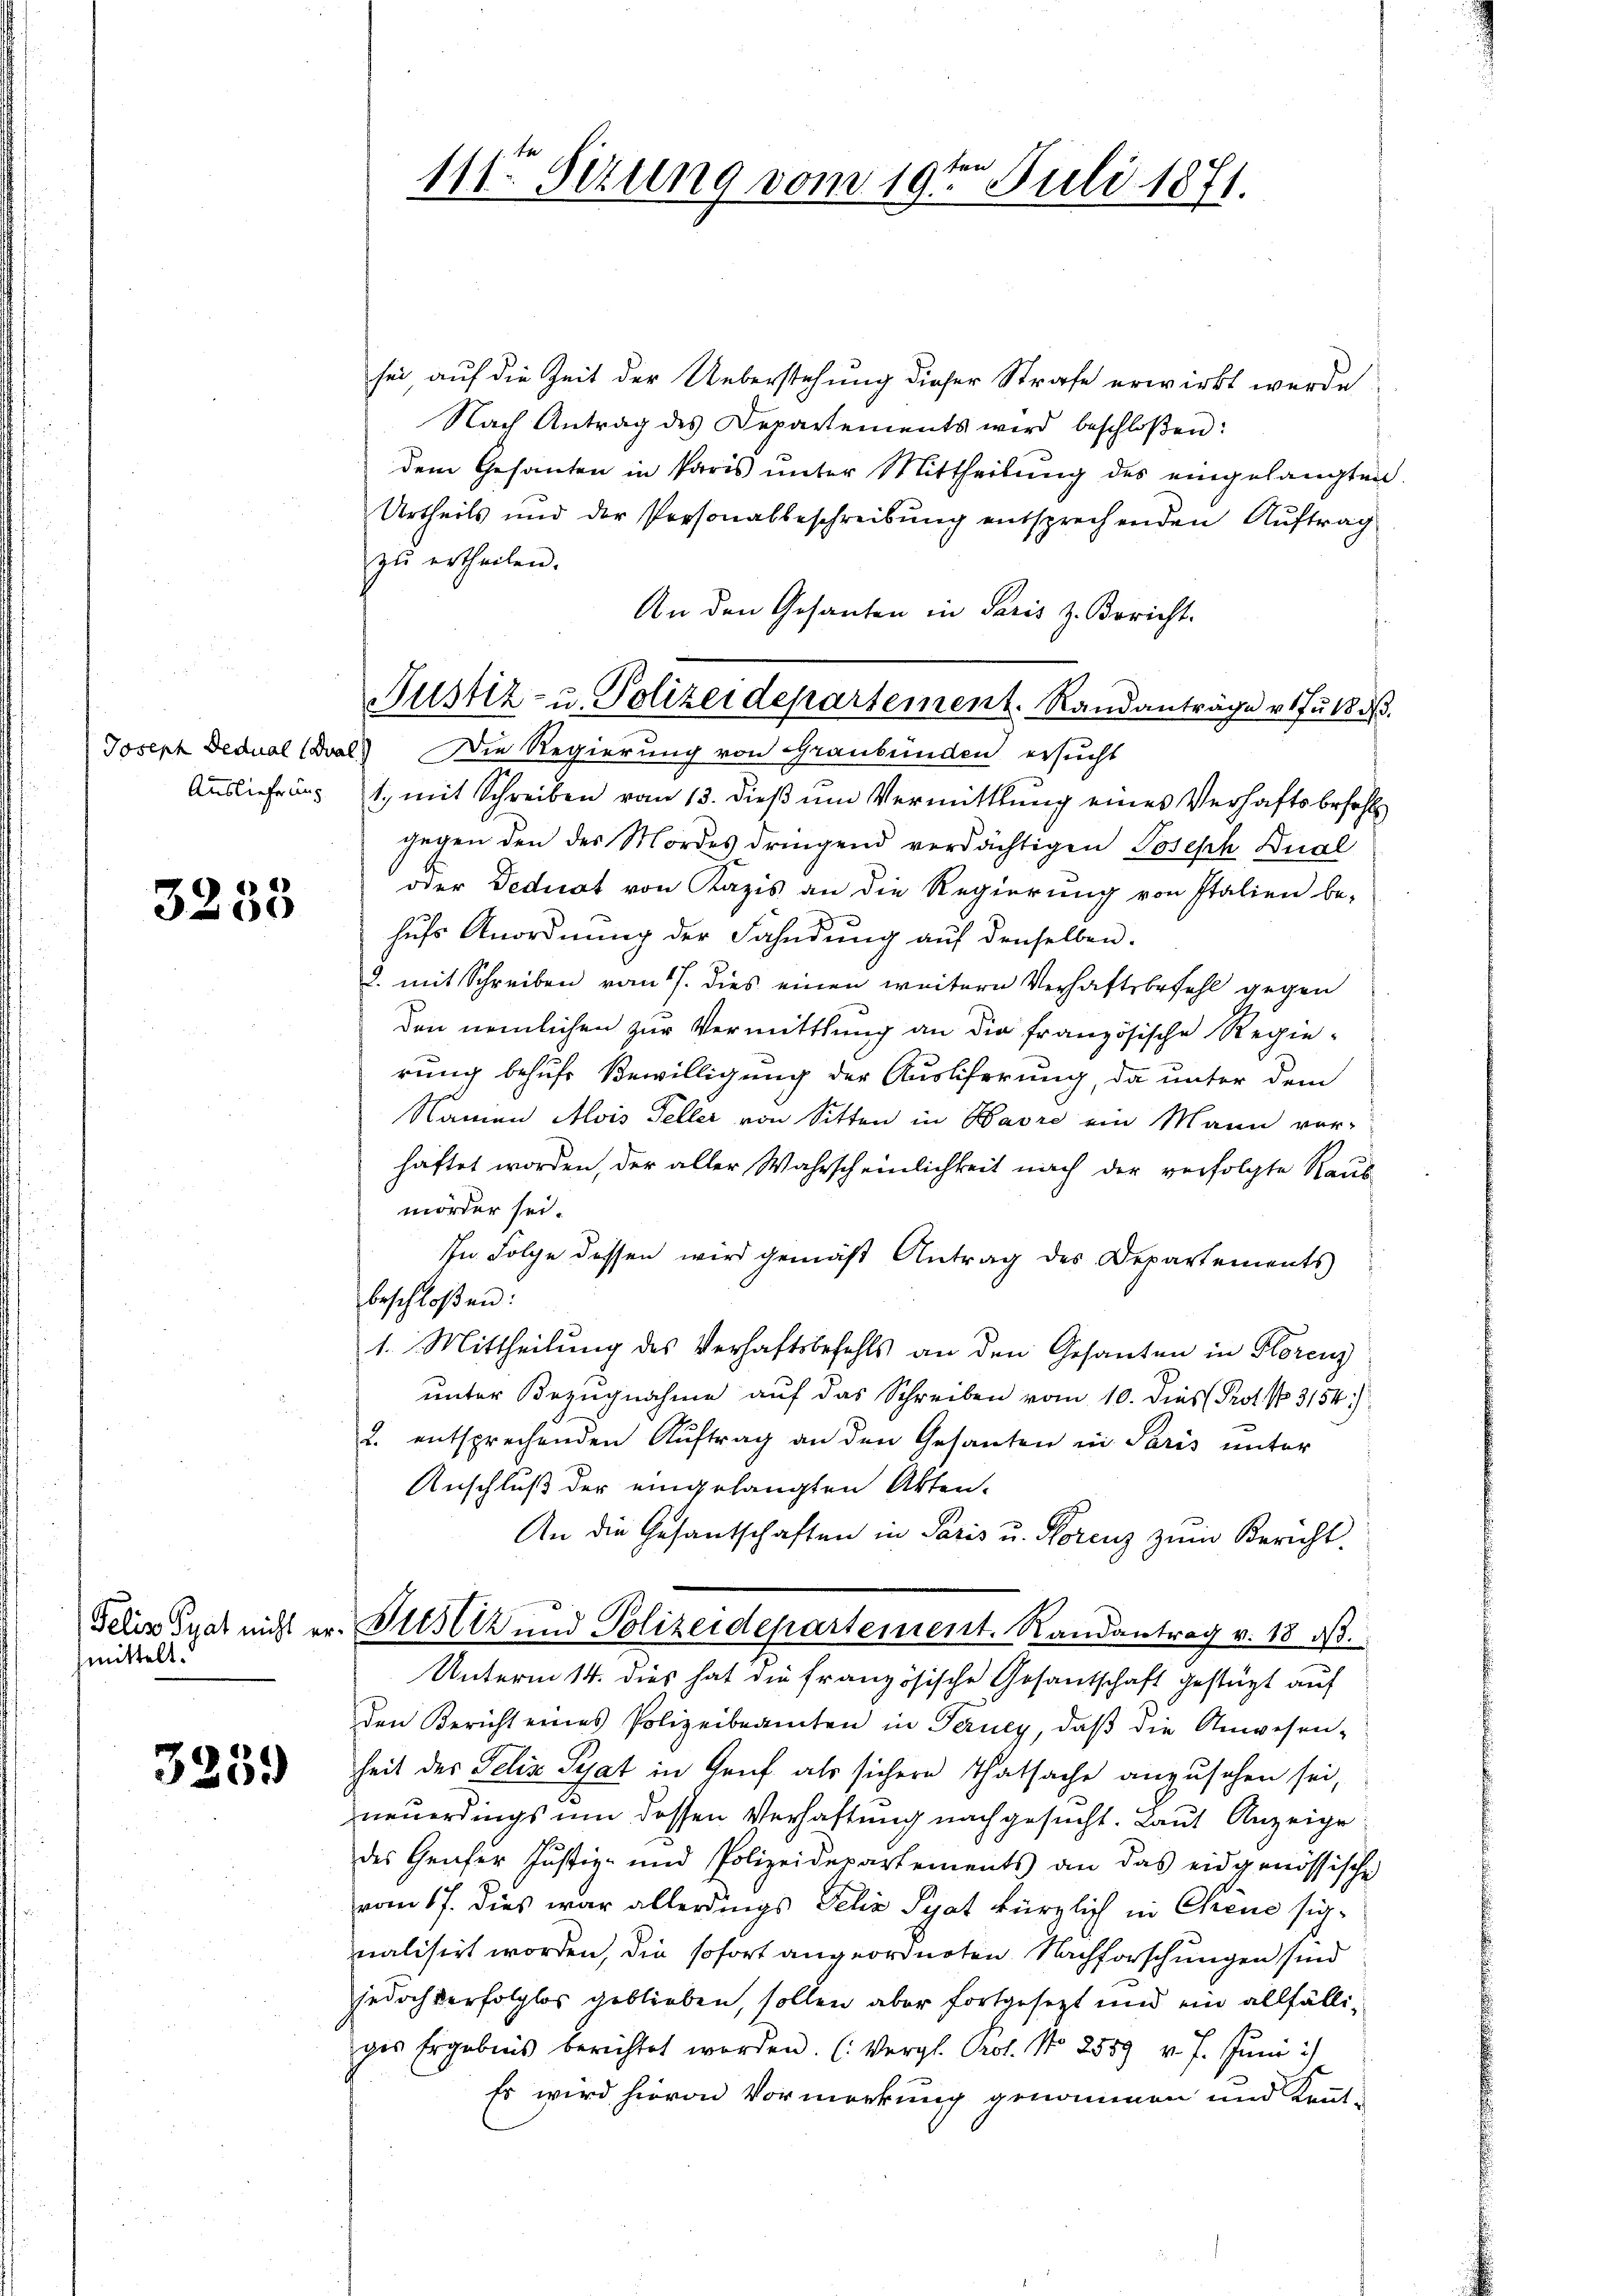
Auslieferung

3233

Felin Trat nicht er
mittelt.

3259

111ten Sitzung vom 19te͇n Juli 1871.

sei auf die Zeit der Ueberstehung dieser Strafe erwirkt werde
Nach Antrag des Departements wird beschloßen:
dem Gesanten in Paris unter Mittheilung des eingelangten
Urtheils und der Personalbeschreibung entsprechenden Auftrag
zŭ ertheilen.
Joseph Dedual (Doal) Die Regierung von Graubünden ersucht
1., mit Schreiben vom 13. dieß um Vermittlung eines Verhaftsbefehl
gegen den des Mordes dringend verdächtigen Joseph Dürl
oder Deduat von Kazis an die Regierung von Italien be-
hufs Anordnung der Fahndung auf denselben.
2. mit Schreiben vom 17. dies einen weitern Verhaftsbefehl gegen
den nemlichen zur Vermittlung an die französische Regierung behufe Bewilligung der Auslieferung, da unter dem
Namen Alois Teller von Sitten in Bavre ein Mann vor-
haftet worden, der aller Wahrscheinlichkeit nach der verfolgte Raub
mörder sei.
In Folge dessen wird gemäß Antrag des Departements
beschloßen:
1. Mittheilung des Verhaftsbefehls an den Gesanten in Florenz
unter Bezugnahme auf das Schreiben vom 10. dies Prot. 3154)
2. entsprechenden Auftrag an den Gesanten in Paris unter
Anschluß der eingelangten Akten.
An die Gesantschaften in Paris u. Horenz zum Bericht
Rustiz und Polizeidepartement. Randantrag v. 18 d
Unterm 14. dies hat die französische Gesantschaft gestüzt auf
den Bericht eines Polizeibeamten in Terney, daß die Anwesen-
heit des Felix Schat in Genf als sichere Thatsache anzusehen sei,
neuerdings um dessen Verhaftung nachgesucht. Laut Anzeige
des Genfer Justiz- und Polizeidepartements an das eidgenössische
vom 17. dies war allerdings Felix Syat kürzlich in Chene sichnalisirt worden, die sofort angeordneten Nachforschungen sind
jedoch verfolglos geblieben, sollen aber fortgesetzt und ein allfälliges Ergebnis berichtet worden. (Vergl. Prot. No 2559 v. J. Jŭni :/
Es wird hievon Vormerkung genommen und kent¬

An den Gesanten in Paris z. Bericht.
Justiz- u. Polizeidepartement. Standanträge et ful dβ.